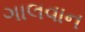
ગાલવાન